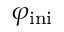
\varphi _ { \mathrm { i n i } }